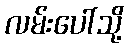
လမ်းပေါ်သို့